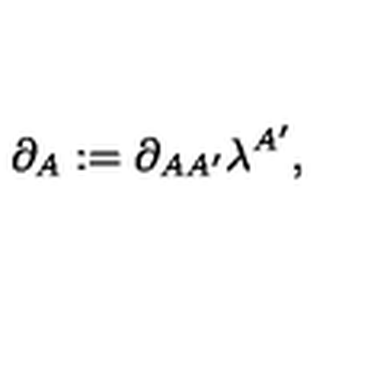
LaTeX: \partial _ { A } : = \partial _ { A A ^ { \prime } } \lambda ^ { A ^ { \prime } } ,